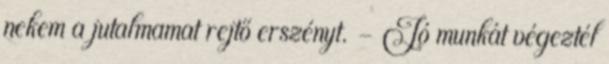
nekem a jutalmamat rejtő erszényt. - Jó munkát végeztél